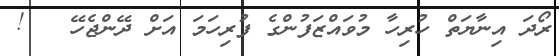
ރޯދަ އިނާޔަތް ހުރިހާ މުވައްޒަފުންގެ ފުރިހަމަ އަށް ދޭންޖެހޭ   !